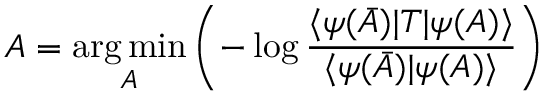
A = \underset { A } { \arg \operatorname* { m i n } } \left( - \log \frac { \langle \psi ( \bar { A } ) | T | \psi ( A ) \rangle } { \langle \psi ( \bar { A } ) | \psi ( A ) \rangle } \right)